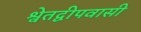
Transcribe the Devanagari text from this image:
श्वेतद्वीपवासी